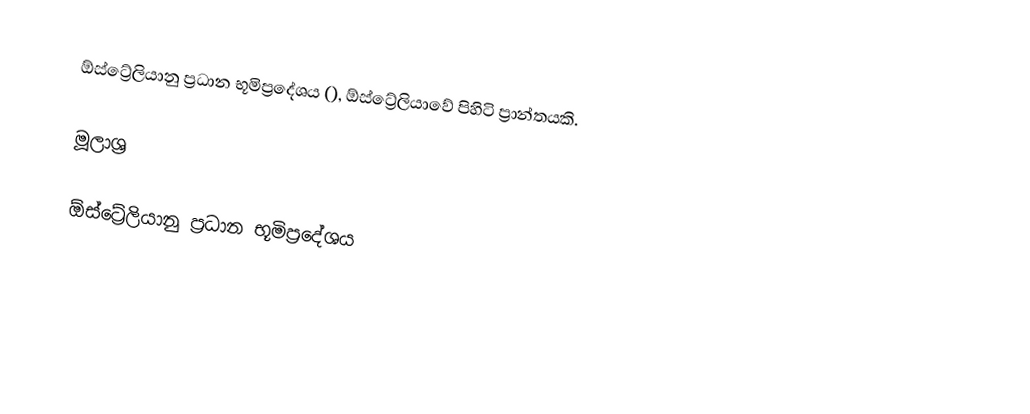
ඕස්ට්‍රේලියානු ප්‍රධාන භූමිප්‍රදේශය (), ඕස්ට්‍රේලියාවේ පිහිටි ප්‍රාන්තයකි.

මූලාශ්‍ර

ඕස්ට්‍රේලියානු ප්‍රධාන භූමිප්‍රදේශය